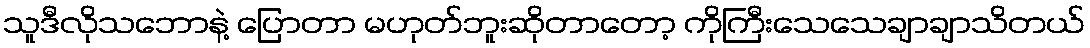
သူဒီလိုသဘောနဲ့ ပြောတာ မဟုတ်ဘူးဆိုတာတော့ ကိုကြီးသေသေချာချာသိတယ်